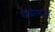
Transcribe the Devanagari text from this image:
कोऔरंगजेब